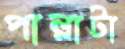
পাল্লাটা